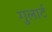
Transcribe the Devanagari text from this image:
गुलार्ट